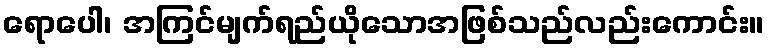
ရောပေါ၊ အကြင်မျက်ရည်ယိုသောအဖြစ်သည်လည်းကောင်း။